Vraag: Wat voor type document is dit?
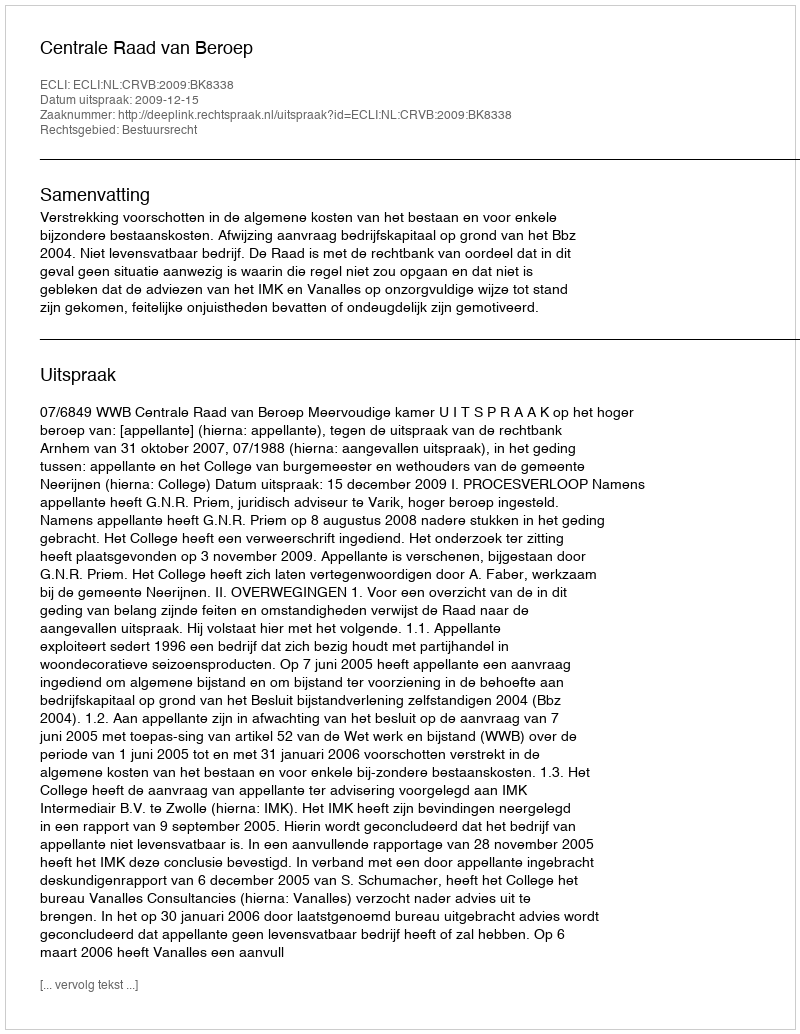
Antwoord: Uitspraak